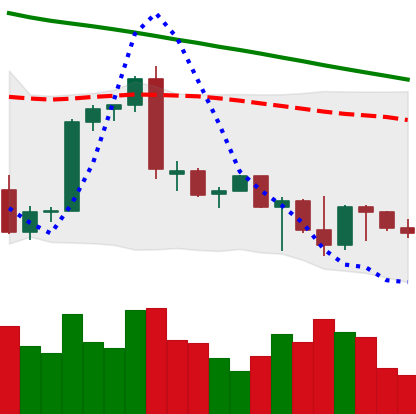
Ticker: BTC-USD
Chart end date: 2022-09-25
Forward return: 3.349%
Label: up_3_5